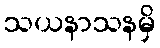
သယနာသနမှိ